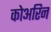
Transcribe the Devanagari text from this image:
कोअरिन